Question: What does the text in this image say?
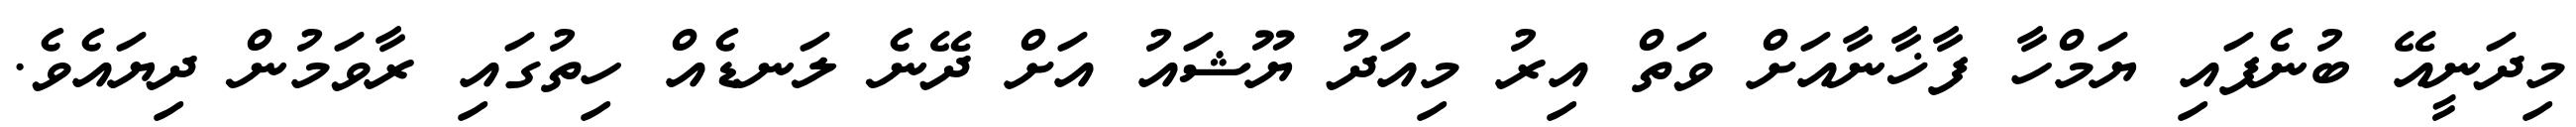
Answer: މިދަނީއޭ ބުނެފައި ޔަމްހާ ފާޚާނާއަށް ވަތް އިރު މިއަދު ޔޫޝައު އަށް ދޭނެ ލަނޑެއް ހިތުގައި ރާވަމުން ދިޔައެވެ.